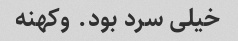
خیلی سرد بود. وکهنه